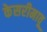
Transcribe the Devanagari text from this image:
केसरीमावू